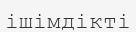
ішімдікті